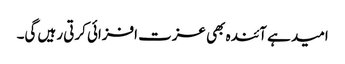
امید ہے آئندہ بھی عزت افزائی کرتی رہیں گی۔